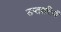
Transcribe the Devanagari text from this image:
सप्तशतियों